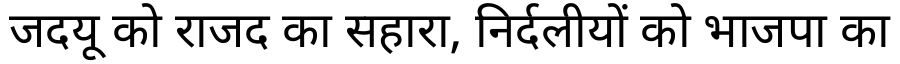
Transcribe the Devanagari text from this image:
जदयू को राजद का सहारा, निर्दलीयों को भाजपा का